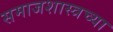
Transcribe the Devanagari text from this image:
समाजशास्त्रच्या